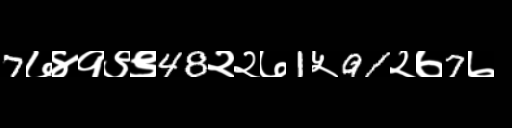
Text: 7७४१९९48२२७1५91२७7७